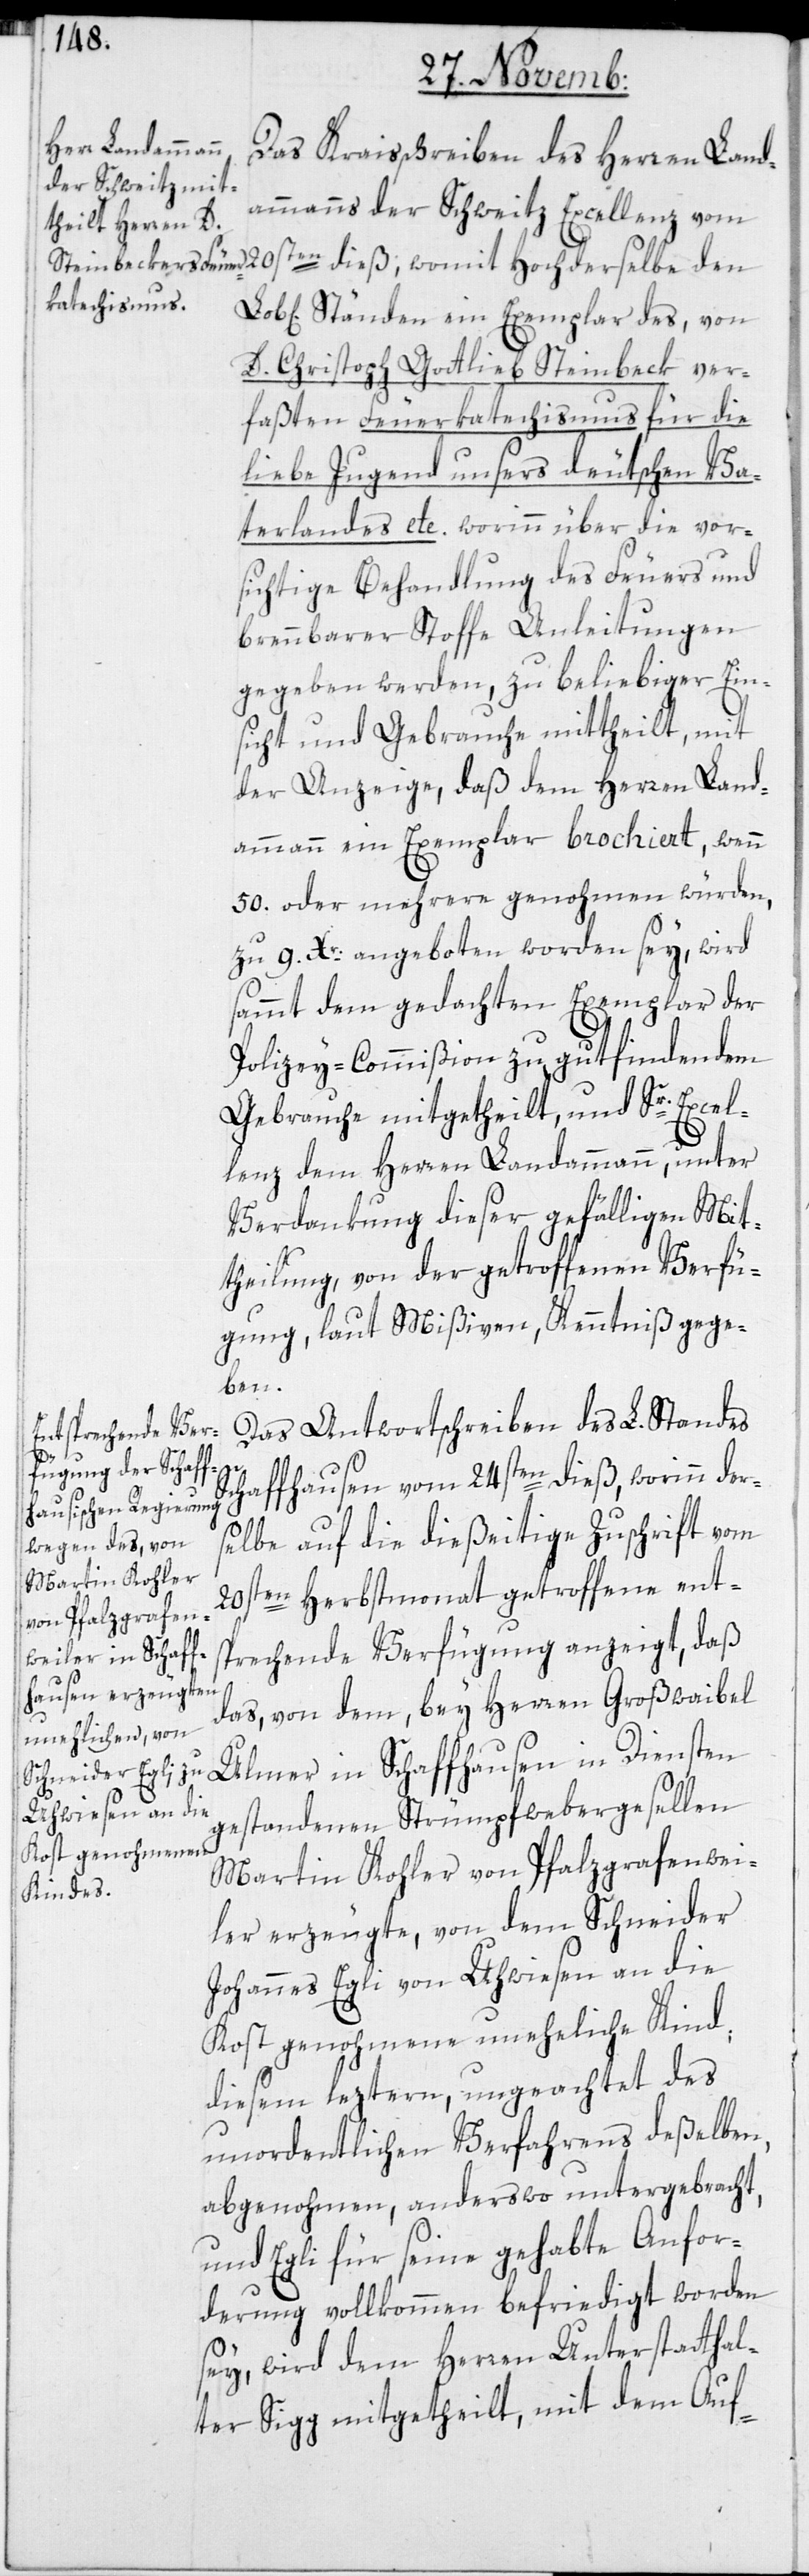
Das Kreisschreiben des Herren Land¬
ammanns der Schweitz Excellenz vom
20sten dieß, womit Hochderselbe den
Ständen ein Exemplar des, von
D. Christoph Gottlieb Steinbeck ver¬
faßten Feuerkatechismus für die
liebe Jugend unsers deutschen Va¬
terlandes etc., worinn über die vor¬
sichtige Behandlung des Feuers und
brennbarer Stoffe Anleitungen
gegeben werden, zu beliebiger Ein¬
sicht, und Gebrauche mittheilt, mit
der Anzeige, daß dem Herren Land¬
ammann ein Exemplar brochiert, wenn
50. oder mehrere genohmen würden,
zu 9. Xr. angeboten worden sey, wird
sammt dem gedachten Exemplar der
Polizey-Commißion zu gut findendem
Gebrauche mitgetheilt, und Sr. Excel¬
lenz dem Herren Landammann, unter
Verdankung dieser gefälligen Mit¬
theilung, von der getroffenen Verfü¬
gung, laut Mißiven, Kenntniß gege¬
ben.
Das Antwortschreiben des L. Standes
Schaffhausen vom 24sten dieß, worinn der¬
selbe auf die dießeitige Zuschrift vom
20sten Herbstmonat getroffene ent¬
sprechende Verfügung anzeigt, daß
das, von dem, bey Herren Großwaibel
Ulmer in Schaffhausen in Diensten
gestandenen Strümpfwebergesellen
Martin Kohler von Pfalzgrafenwei¬
ler erzeugte, von dem Schneider
Johannes Egli von Uhwiesen an die
Kost genohmene uneheliche Kind,
diesem lezteren, ungeachtet des
unordentlichen Verfahrens deßelben,
abgenohmen, anderswo untergebracht,
und Egli für seine gehabte Anfor¬
derung vollkommen befriedigt worden
sey, wird dem Herren Unterstatthal¬
ter Sigg mitgetheilt, mit dem Auf-